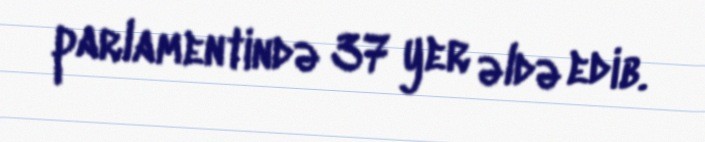
parlamentində 37 yer əldə edib.